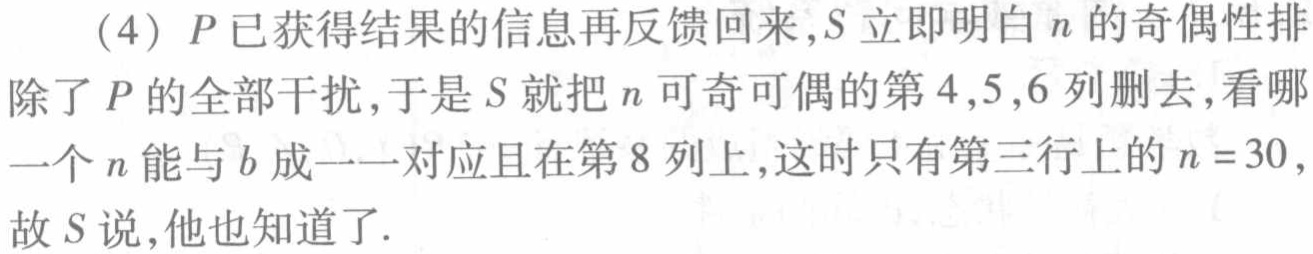
（4）$P$已获得结果的信息再反馈回来，$S$立即明白$n$的奇偶性排除了$P$的全部干扰，于是$S$就把$n$可奇可偶的第$4,5,6$列删去，看哪一个$n$能与$b$成一一对应且在第$8$列上，这时只有第三行上的$n = 30$，故$S$说，他也知道了.